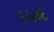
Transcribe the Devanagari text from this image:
६५०६